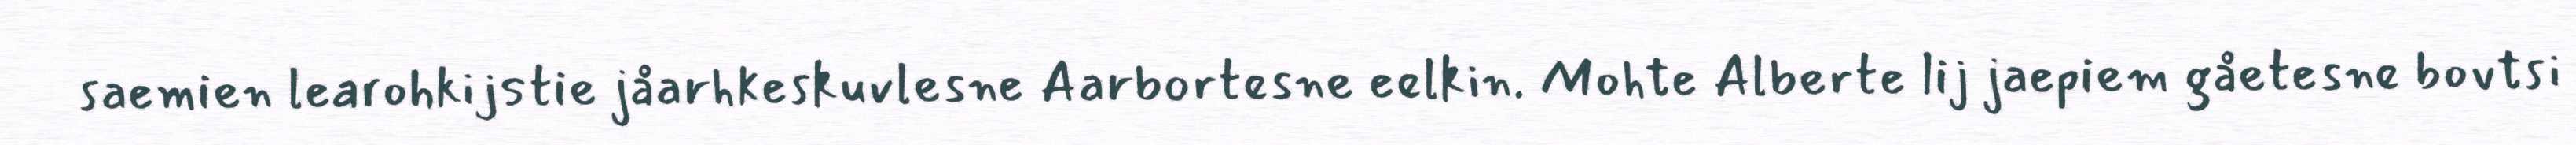
saemien learohkijstie jåarhkeskuvlesne Aarbortesne eelkin. Mohte Alberte lij jaepiem gåetesne bovtsi